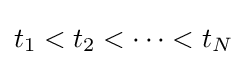
t_{1}<t_{2}<\dots <t_{N}